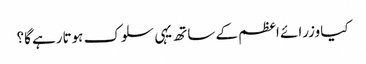
کیاوزرائے اعظم کے ساتھ یہی سلوک ہوتارہے گا؟